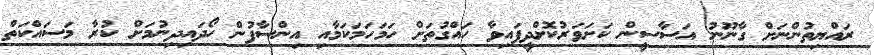
ރައްޔިތުންނަށް ގާނޫނު އަސާސީން ކަށަވަރުކޮށްދީފައިވާ ހައްގުތަށް ހަމަހަމަކަމާއި އިންސާފުން ހޯދައިދިނުމަށް ކުރާ މަސައްކަތް